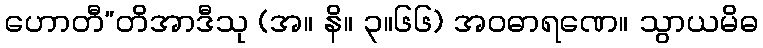
ဟောတီ”တိအာဒီသု (အ။ နိ။ ၃။၆၆) အဝဓာရဏေ။ သွာယမိဓ